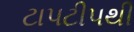
ટાપટીપથી